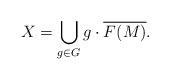
\begin{align*}X=\bigcup_{g \in G} g\cdot \overline{F(M)}.\end{align*}